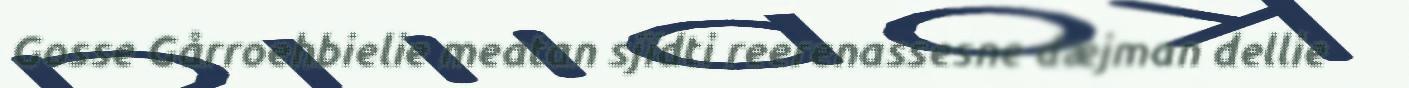
Gosse Gårroehbielie meatan sjïdti reerenassesne dæjman dellie